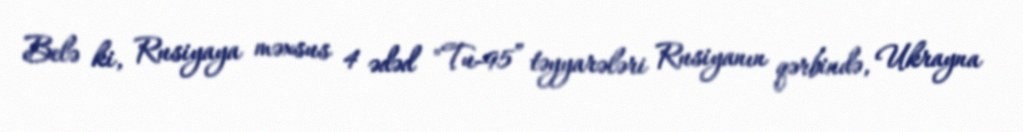
Belə ki, Rusiyaya məxsus 4 ədəd "Tu-95” təyyarələri Rusiyanın qərbində, Ukrayna